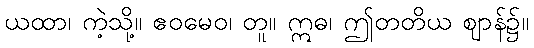
ယထာ၊ ကဲ့သို့။ ဧဝမေဝ၊ တူ။ ဣဓ၊ ဤတတိယ ဈာန်၌။